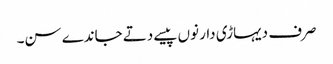
صرف دیہاڑی دار نوں پیسے دتے جاندے سن۔